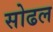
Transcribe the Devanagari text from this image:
सोढल